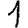
Digit: 1